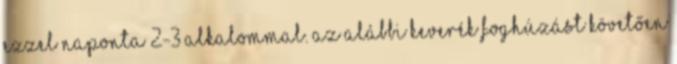
ezzel naponta 2-3 alkalommal. Az alábbi keverék foghúzást követően